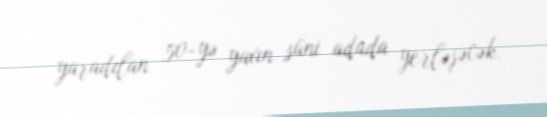
yaradılan 50-yə yaxın süni adada yerləşəcək.